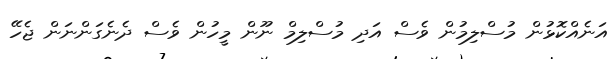
އަނެއްކޮޅުން މުސްލިމުން ވެސް އަދި މުސްލިމް ނޫން މީހުން ވެސް ދެނެގަންނަން ޖެހޭ